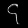
Digit: ၄